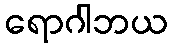
ရောဂါဘယ